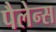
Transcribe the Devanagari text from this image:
पैलेन्स